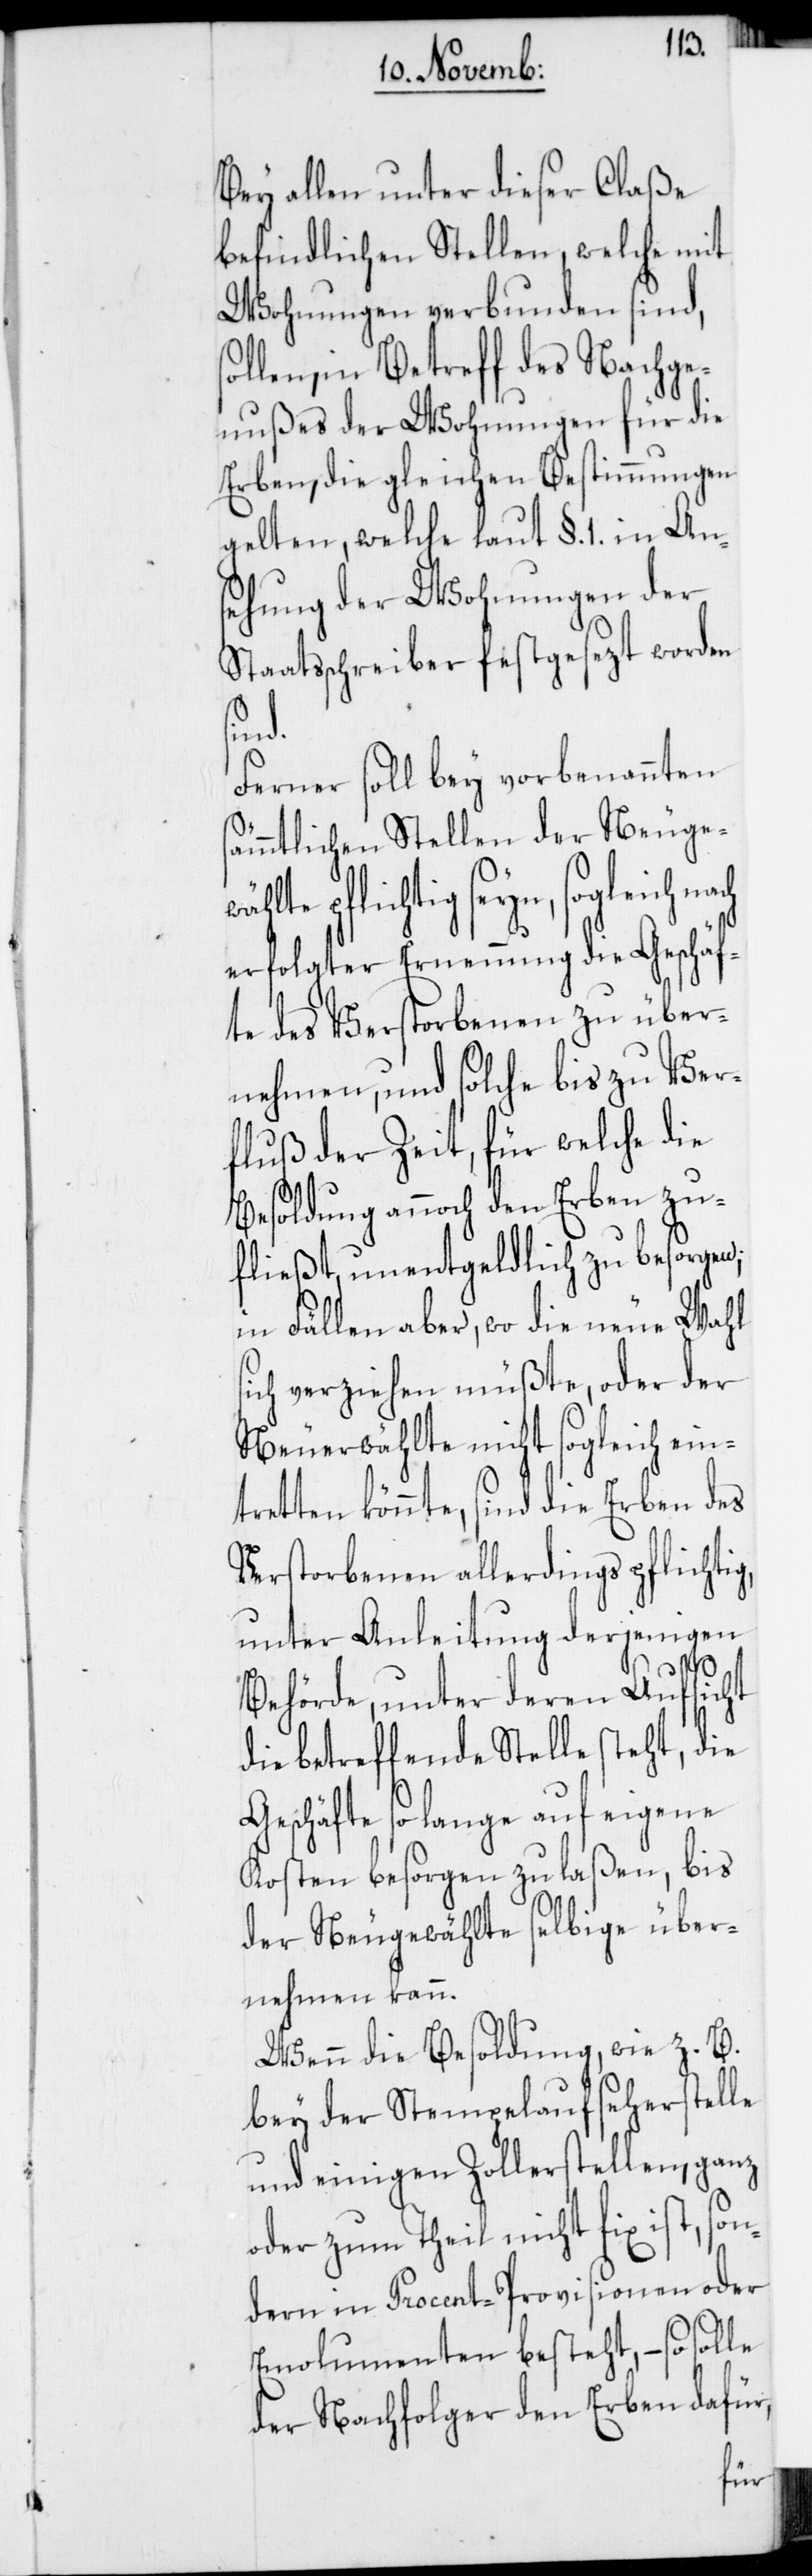
Bey allen unter dieser Claße
befindlichen Stellen, welche mit
Wohnungen verbunden sind,
llen, in Betreff des Nachge¬
nußes der Wohnungen für die
Erben, die gleichen Bestimmungen
gelten, welche laut §. 1. in Ans¬
ehung der Wohnungen der
Staatsschreiber festgesezt worden
g,
Ferner soll bey vorbenannten
sämmtlichen Stellen der Neuge¬
lte pflichtig seyn, sogleich
erfolgter Ernennung die Geschäf¬
te des Verstorbenen zu über¬
nehmen, und solche bis zu Ver¬
fluß der Zeit, für welche die
Besoldung annoch den Erben zu¬
fließt, unentgeldlich zu besorgen;
in Fällen aber, wo die neue Wahl
sich verziehen müßte, oder der
Neuerwählte nicht sogleich ein¬
tretten könnte, sind die Erben des
Verstorbenen allerdings pflichti¬
unter Anleitung derjenigen
Behörde, unter deren Aufsicht
die betreffende Stelle steht, die
Geschäfte so lange auf eigene
Kosten besorgen zu laßen, bis
der Neugewählte selbige über¬
nehmen kann.
Wenn die Besoldung, wie z. B.
bey der Stempelaufseherstelle
und einigen Zollerstellen, ganz
oder zum Theil nicht fix ist, son¬
dern in Prozent-Provisionen oder
Emolumenten besteht, – so solle
der Nachfolger den Erben dafür,